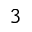
_ 3